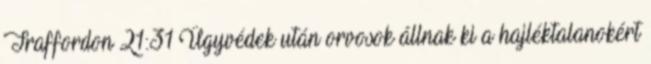
Traffordon 21:31 Ügyvédek után orvosok állnak ki a hajléktalanokért